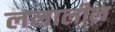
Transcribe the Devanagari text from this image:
ललालील